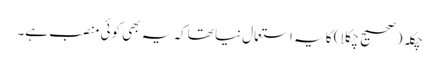
چکلہ (صحیح چکلا) کا یہ استعمال نیا تھا کہ یہ بھی کوئی منصب ہے۔